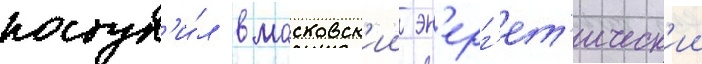
поступ'и́л в московск'ии эн'ерг'ет'ическ'ии